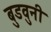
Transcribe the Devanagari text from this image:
बुडवुनी